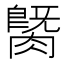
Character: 𦟡